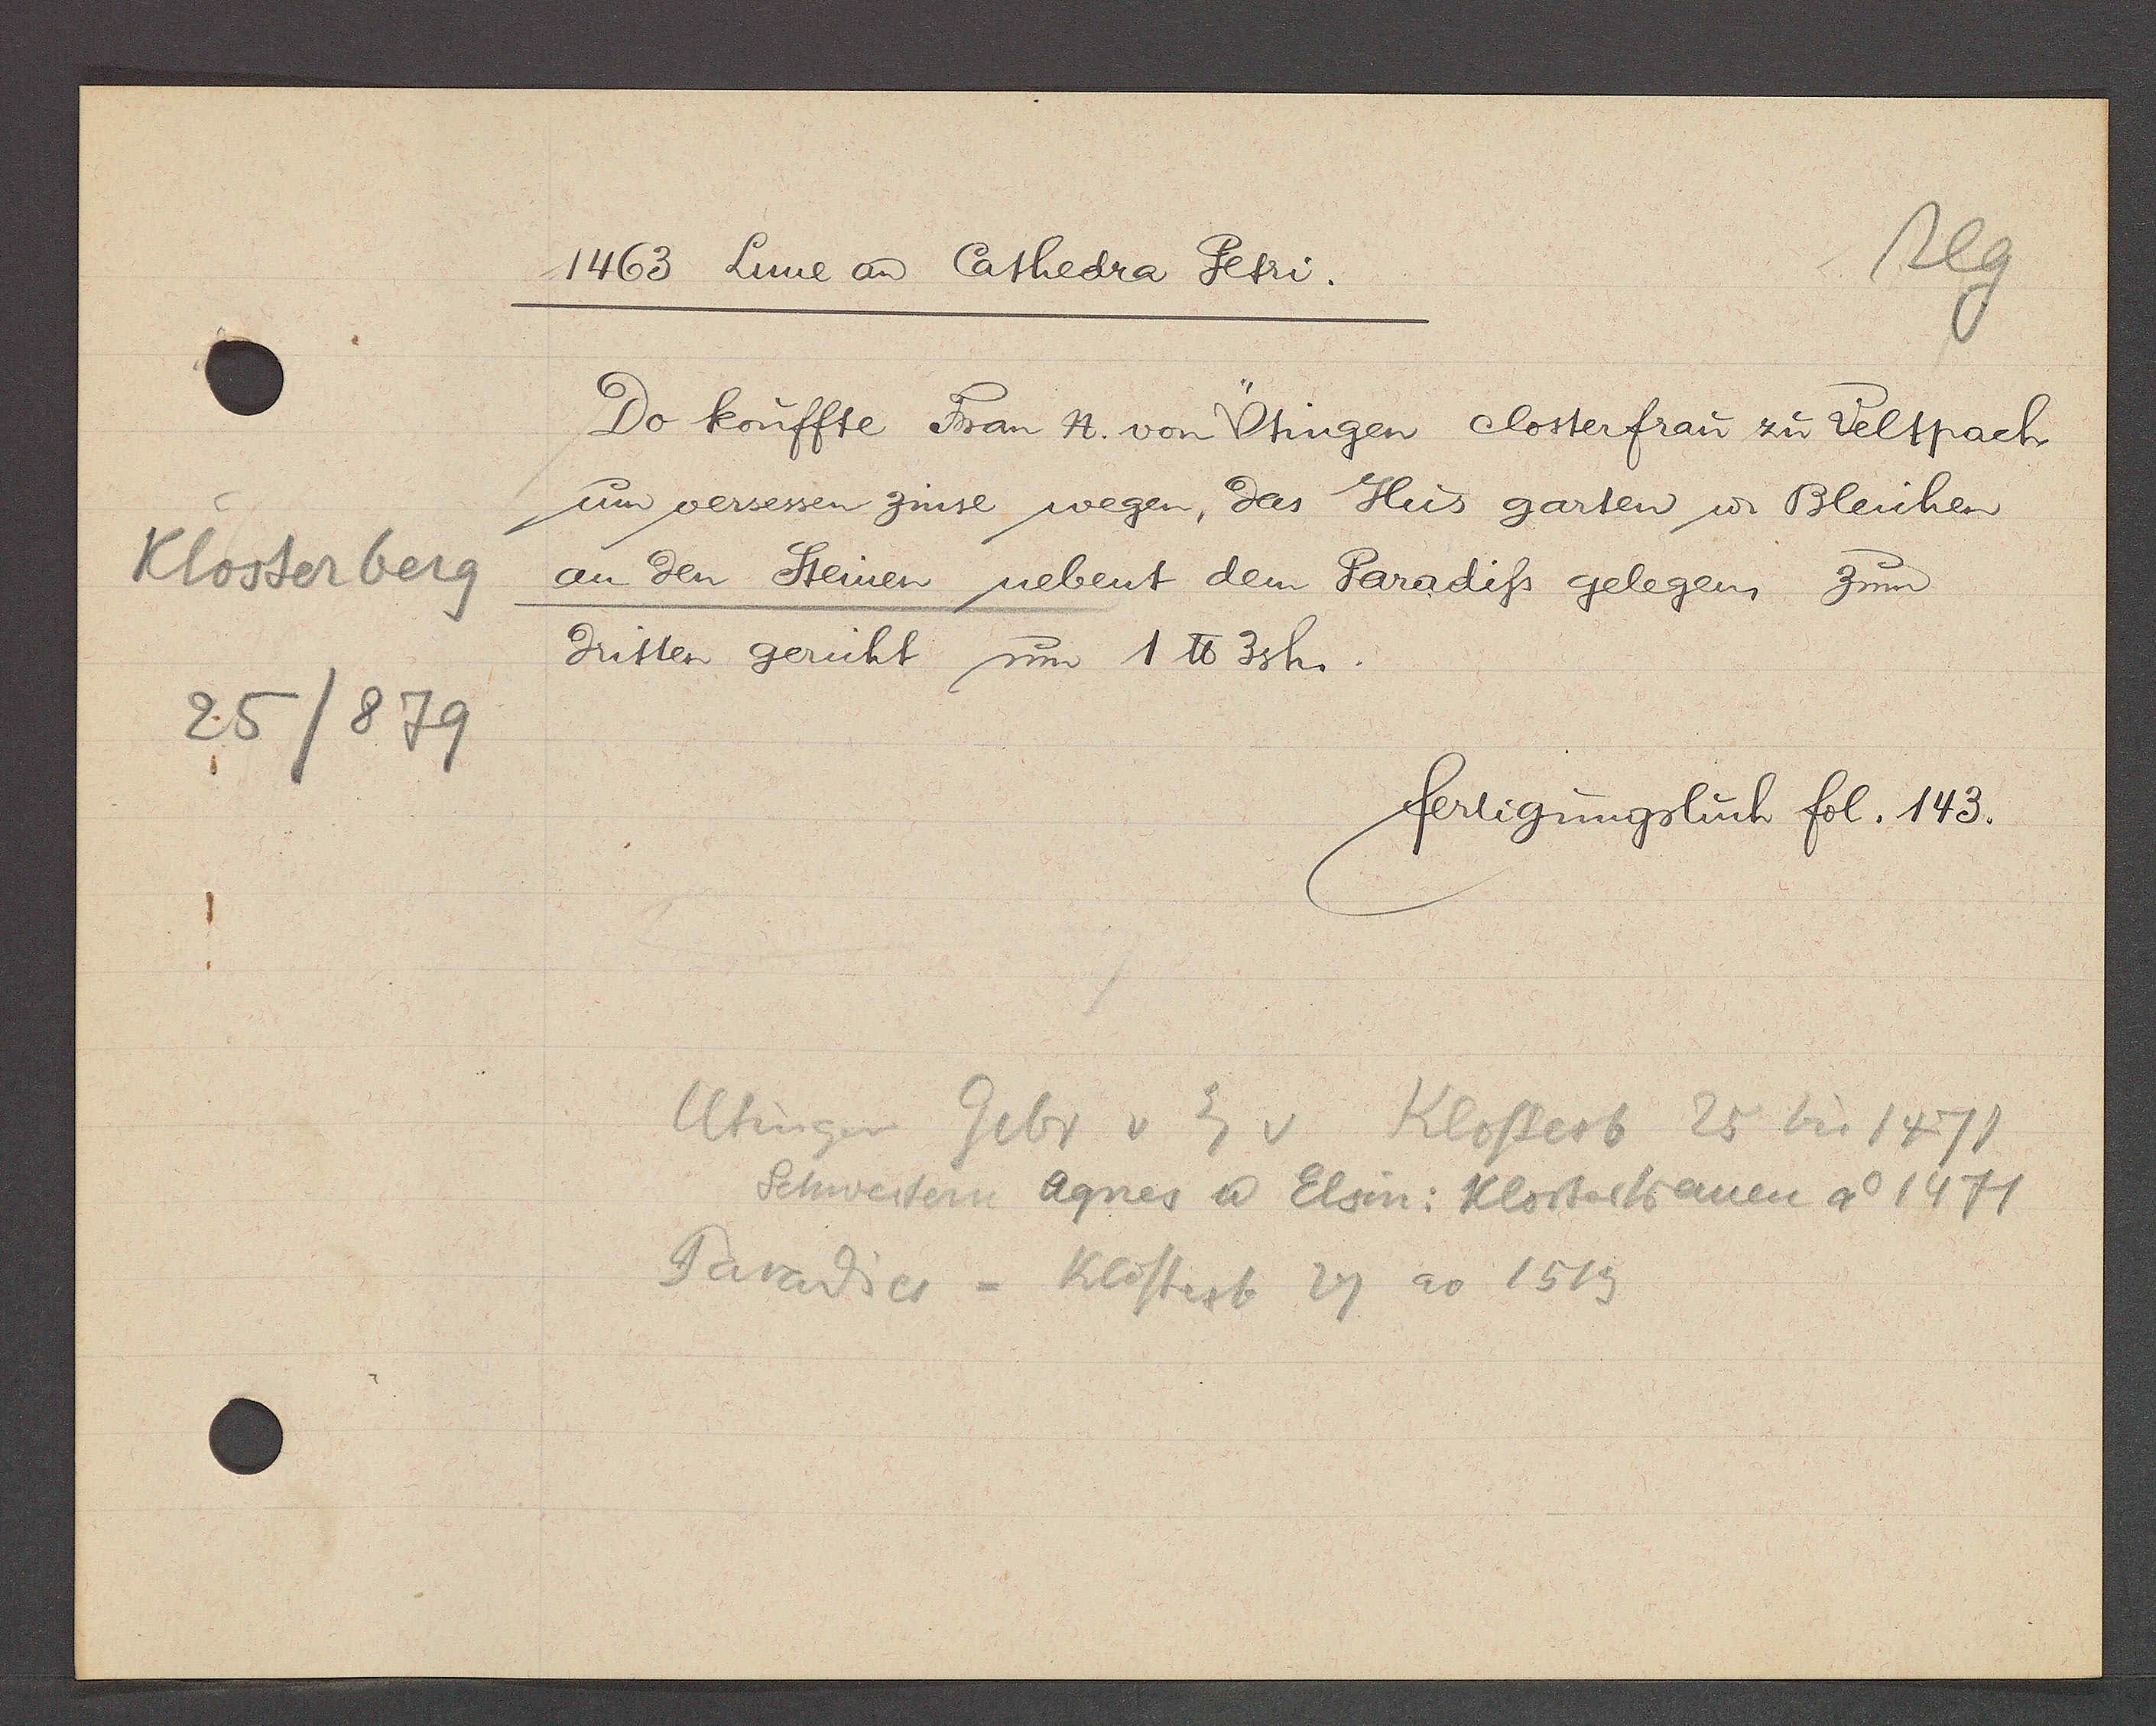
Transcript:
Klosterberg
25/879

1463 Lune aȵ Cathedra Petri.

Do kouffte Frau N. von Ütingen Closterfrau zu Veltpach
um versessen zinse wegen, das Hus garten u. Bleichen
an den Steinen nebent dem Paradiss gelegen zum
dritten gericht um 1 ℔ 3sh.

fertigungsbuch fol. 143.

Utinger Gebr v Eg v Klosterb 25 bis 1471
Schwestern Agnes u. Elsin: Klosterfrauen ao 1471
Paradies = Klosterb 27 ao 1519